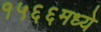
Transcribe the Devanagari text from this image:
१५६६मध्ये